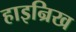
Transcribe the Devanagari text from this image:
हाइन्रिख